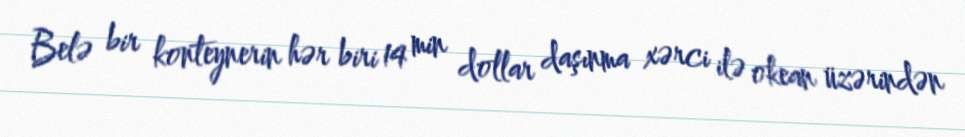
Belə bir konteynerin hər biri 14 min dollar daşınma xərci ilə okean üzərindən